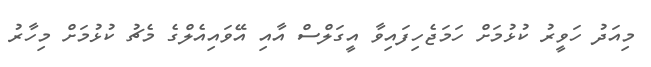
މިއަދު ހަވީރު ކުޅުމަށް ހަމަޖެހިފައިވާ އީގަލްސް އާއި އޭވައިއެލްގެ މެޗު ކުޅުމަށް މިހާރު